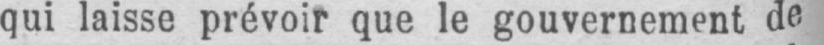
qui laisse prévoir que le gouvernement de